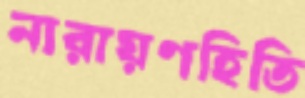
নারায়ণহিতি